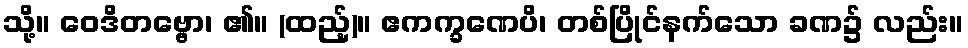
သို့။ ဝေဒိတဗ္ဗော၊ ၏။ (ထည့်)။ ဧကက္ခဏေပိ၊ တစ်ပြိုင်နက်သော ခဏ၌ လည်း။